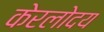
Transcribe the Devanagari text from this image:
केरलोदय